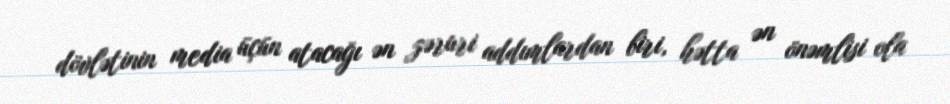
dövlətinin media üçün atacağı ən zəruri addımlardan biri, hətta ən önəmlisi ola